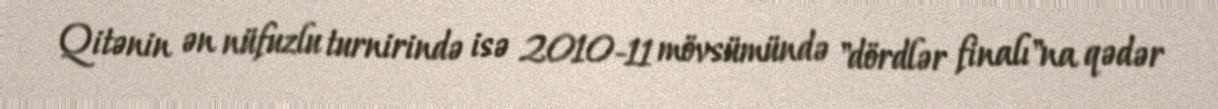
Qitənin ən nüfuzlu turnirində isə 2010-11 mövsümündə "dördlər finalı"na qədər